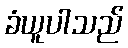
ခံယူပါသည်